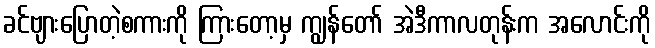
ခင်ဗျားပြောတဲ့စကားကို ကြားတော့မှ ကျွန်တော် အဲဒီကာလတုန်းက အလောင်းကို